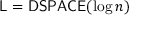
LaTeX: { \mathsf { L } } = { \mathsf { D S P A C E } } ( \log n )